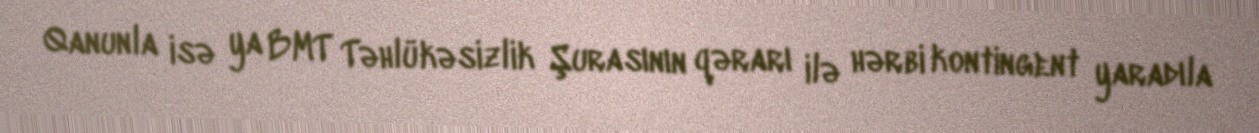
Qanunla isə ya BMT Təhlükəsizlik Şurasının qərarı ilə hərbi kontingent yaradıla